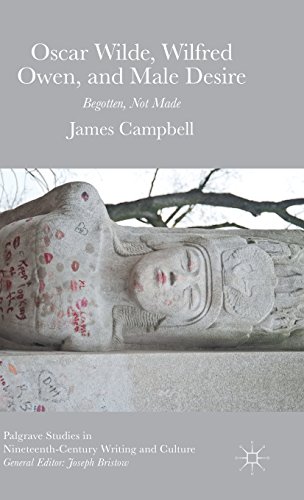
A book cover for Oscar Wilde, Wilfred Owen, and Male Desire: Begotten, Not Made (Palgrave Studies in Nineteenth-Century Writing and Culture); James Campbell; Gay & Lesbian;